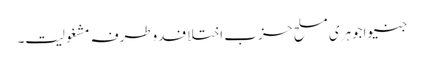
جنیواجوہری مسلح حزب اختلافدوطرفہ مشغولیت۔